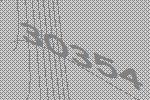
30354